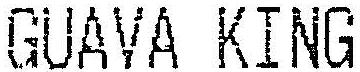
GUAVA KING